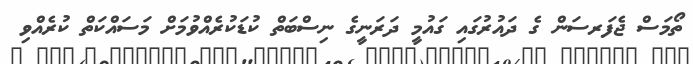
ތޯމަސް ޖެފަރސަން ގެ ދައުރުގައި ގައުމީ ދަރަނީގެ ނިސްބަތް ކުޑަކުރެއްވުމަށް މަސައްކަތް ކުރެއްވި